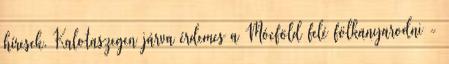
híresek. Kalotaszegen járva érdemes a Mócföld felé fölkanyarodni -